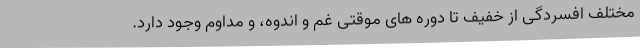
مختلف افسردگی از خفیف تا دوره های موقتی غم و اندوه، و مداوم وجود دارد.